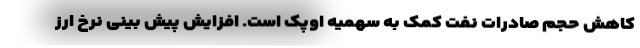
کاهش حجم صادرات نفت کمک به سهمیه اوپک است. افزایش پیش بینی نرخ ارز